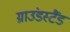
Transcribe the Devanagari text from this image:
ग्राउंडस्टैंड